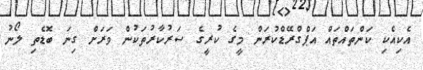
އެކިއެކި ކަންތައްތައް އަޕްގްރޭޑްކުރަން މީގެ ކުރީގެ ސަރުކާރުތަކުން ވަރަށް ގިނަ ބޮޑެތި ލޯނު